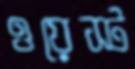
ওয়েস্ট